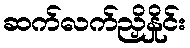
ဆက်လက်ညှိနှိုင်း